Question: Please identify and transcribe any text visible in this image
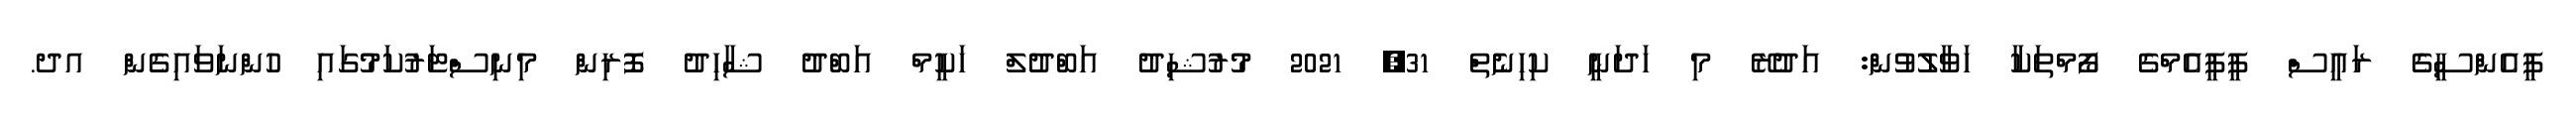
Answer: ޕީއެންސީގެ ރައީސް ޕީޕީއެމްގެ ފޯމްތަކާ ހަވާލުވުން: އަދުރޭ މި ހަދަނީ ކިހިނެތް 31, 2021 މުރުޝިދު އަބްދުލް ހަކީމް އަބްދު ޝާހިދު ފޮރިން މިނިސްޓަރުކަމުގައި ހުންނަވައިގެން އދ.